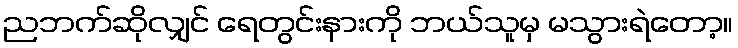
ညဘက်ဆိုလျှင် ရေတွင်းနားကို ဘယ်သူမှ မသွားရဲတော့။